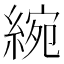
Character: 綩